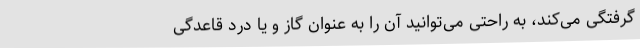
گرفتگی می‌کند، به راحتی می‌توانید آن را به عنوان گاز و یا درد قاعدگی